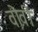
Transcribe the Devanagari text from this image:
वोवी